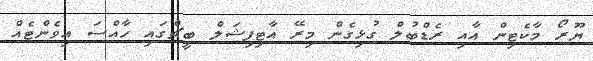
ޔޫރޯ މާކެޓިން އާއި ރެޑްބުލް ގުޅިގެން މިރޭ އާޓިފިޝަލް ބީޗްގައި ހާއްސަ އިވެންޓެއް